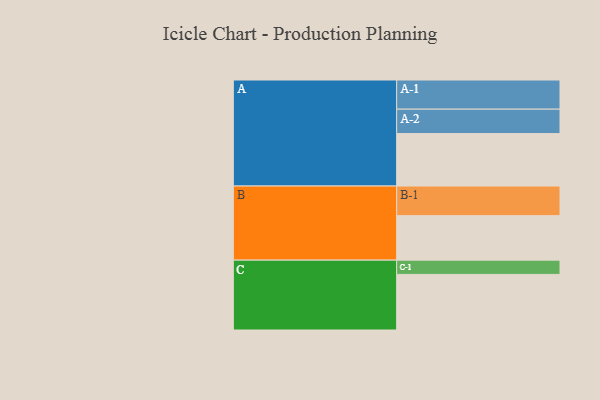
{"axis": {"x": "Segment", "y": "Value"}, "legend": ["", "A", "B", "C"], "data": [{"x": "A", "y": 448, "type": ""}, {"x": "B", "y": 380, "type": ""}, {"x": "C", "y": 475, "type": ""}, {"x": "A-1", "y": 249, "type": "A"}, {"x": "A-2", "y": 209, "type": "A"}, {"x": "B-1", "y": 253, "type": "B"}, {"x": "C-1", "y": 122, "type": "C"}]}